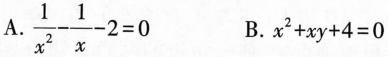
A.$$\frac{1}{x^{2}}- \frac{1}{x}-2=0$$ B.$$x^{2}+xy+4=0$$